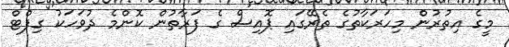
މީގެ އިތުރުން މިހަރަކާތުގެ ތެރޭގައި ޕޮއިސް ގެ ފަރާތުން ކޮންމެ ދުވަހަކު ގިފްޓް